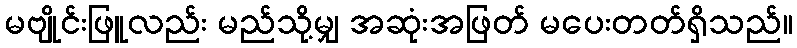
မဗျိုင်းဖြူလည်း မည်သို့မျှ အဆုံးအဖြတ် မပေးတတ်ရှိသည်။